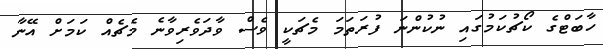
ހާބަޓްގެ ކޯޗުކަމުގައި ނުކުންނަ ފުރަތަމަ މެޗަކީ ވެސް ވާދަވެރިވާނެ މެޗެއް ކަމަށް އޭނާ